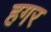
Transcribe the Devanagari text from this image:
हगर